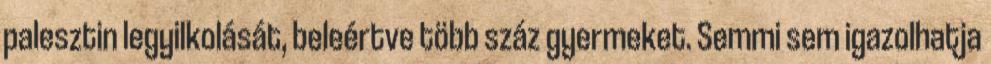
palesztin legyilkolását, beleértve több száz gyermeket. Semmi sem igazolhatja